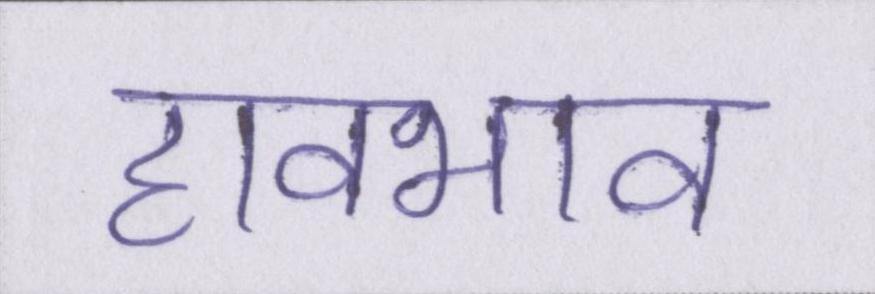
हावभाव